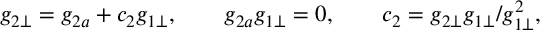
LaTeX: g _ { 2 \bot } = g _ { 2 a } + c _ { 2 } g _ { 1 \bot } , \qquad g _ { 2 a } g _ { 1 \bot } = 0 , \qquad c _ { 2 } = g _ { 2 \bot } g _ { 1 \bot } / g _ { 1 \bot } ^ { 2 } ,